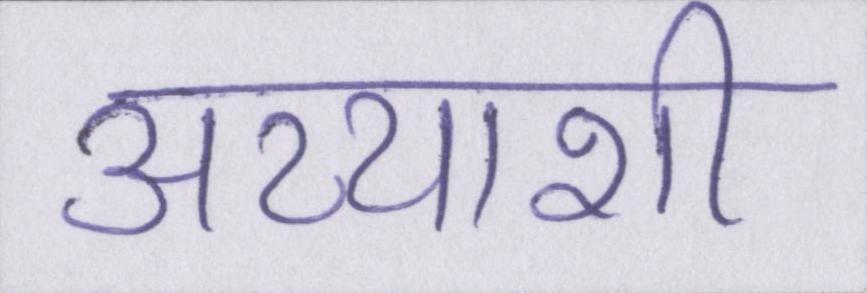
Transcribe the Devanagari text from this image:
अय्याशी